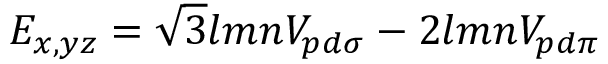
E _ { x , y z } = { \sqrt { 3 } } l m n V _ { p d \sigma } - 2 l m n V _ { p d \pi }